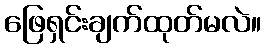
ဖြေရှင်းချက်ထုတ်မလဲ။